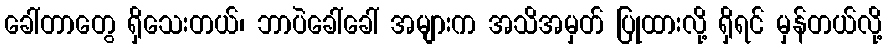
ခေါ်တာတွေ ရှိသေးတယ်၊ ဘာပဲခေါ်ခေါ် အများက အသိအမှတ် ပြုထားလို့ ရှိရင် မှန်တယ်လို့